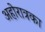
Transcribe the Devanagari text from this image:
अहोरात्रका